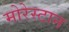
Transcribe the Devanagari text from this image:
मोरेस्टान